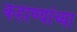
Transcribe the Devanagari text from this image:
कहाण्यांच्या